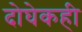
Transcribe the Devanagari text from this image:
दोघेकही